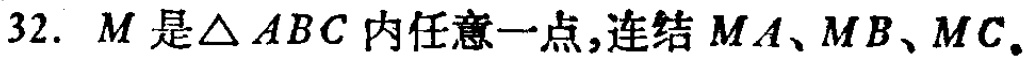
32. \(M\)是\(\triangle ABC\)内任意一点，连结\(MA\)、\(MB\)、\(MC\)。